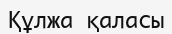
Құлжа қаласы